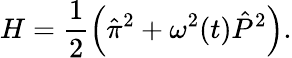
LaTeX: H=\frac{1}{2}\left(\hat{\pi}^{2}+{\omega^{2}(t)}\hat{P}^{2}\right).